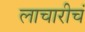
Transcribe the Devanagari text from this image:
लाचारीचं